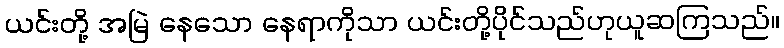
ယင်းတို့ အမြဲ နေသော နေရာကိုသာ ယင်းတို့ပိုင်သည်ဟုယူဆကြသည်။